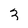
Character: 3